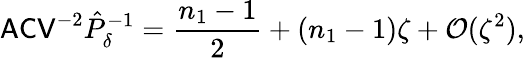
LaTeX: \mathsf{ACV}^{-2}\hat{P}_{\delta}^{-1}=\frac{n_{1}-1}{2}+(n_{1}-1)\zeta+\mathcal O(\zeta^{2}),